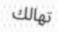
تھالك